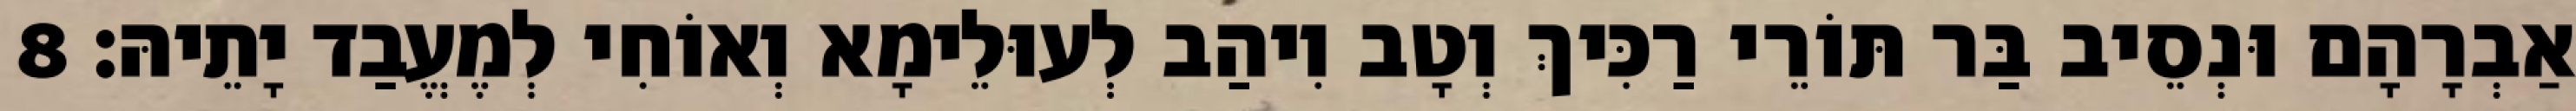
אַבְרָהָם וּנְסֵיב בַּר תּוֹרֵי רַכִּיךְ וְטָב וִיהַב לְעוּלֵימָא וְאוֹחִי לְמֶעֱבַד יָתֵיהּ׃ 8